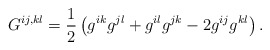
\begin{align*}G^{ij,kl} = \frac{1}{2}\left(g^{ik} g^{jl} + g^{il} g^{jk} - 2g^{ij}g^{kl}\right).\end{align*}